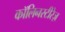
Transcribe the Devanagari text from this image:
कॉलिनस्टीरेज़